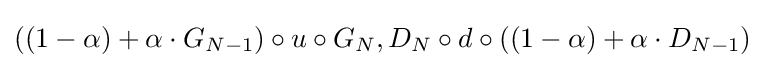
((1-\alpha )+\alpha \cdot G_{N-1})\circ u\circ G_{N},D_{N}\circ d\circ ((1-\alpha )+\alpha \cdot D_{N-1})